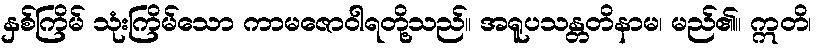
နှစ်ကြိမ် သုံးကြိမ်သော ကာမဇောဝါရတို့သည်။ အရူပသန္တတိနာမ၊ မည်၏။ ဣတိ၊